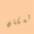
السكان